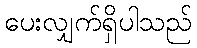
ပေးလျှက်ရှိပါသည်